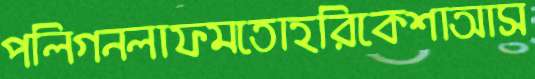
পলিগনলাফমতোহরিকেশাআস